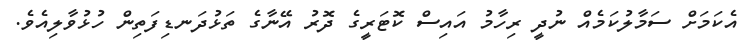
އެކަމަށް ސަމާލުކަމެއް ނުދީ ރިހާމު އައިސް ކޮޓަރީގެ ދޮރު އޭނާގެ ތަޅުދަނޑިފަތިން ހުޅުވާލިއެވެ.